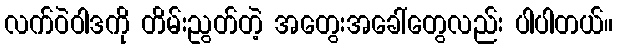
လက်ဝဲဝါဒကို တိမ်းညွတ်တဲ့ အတွေးအခေါ်တွေလည်း ပါပါတယ်။